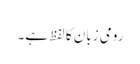
رومی زبان کا لفظ ہے۔